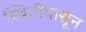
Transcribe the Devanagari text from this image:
स्थितीपासून